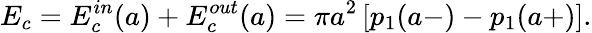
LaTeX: E_{c}=E_{c}^{in}(a)+E_{c}^{out}(a)=\pi a^{2}\left[p_{1}(a-)-p_{1}(a+)\right].